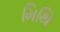
મિથિ